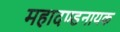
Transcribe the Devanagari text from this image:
महादण्डनायक